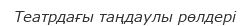
Театрдағы таңдаулы рөлдері